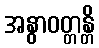
အနွာဝတ္တန္တိ